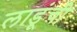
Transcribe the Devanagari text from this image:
लाडूंची